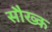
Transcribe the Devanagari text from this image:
सौख्क